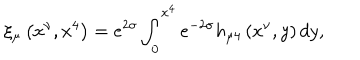
LaTeX: \xi _ { \mu } \left( x ^ { \nu } , x ^ { 4 } \right) = e ^ { 2 \sigma } \int _ { 0 } ^ { x ^ { 4 } } e ^ { - 2 \sigma } h _ { \mu 4 } \left( x ^ { \nu } , y \right) d y ,